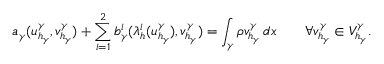
a _ { \gamma } ( u _ { h _ { \gamma } } ^ { \gamma } , v _ { h _ { \gamma } } ^ { \gamma } ) + \sum _ { i = 1 } ^ { 2 } b _ { \gamma } ^ { i } ( \lambda _ { h } ^ { i } ( u _ { h _ { \gamma } } ^ { \gamma } ) , v _ { h _ { \gamma } } ^ { \gamma } ) = \int _ { \gamma } \rho v _ { h _ { \gamma } } ^ { \gamma } \, d x \qquad \forall v _ { h _ { \gamma } } ^ { \gamma } \in V _ { h _ { \gamma } } ^ { \gamma } .